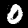
Label: 0